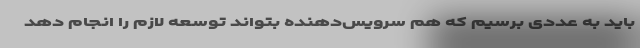
باید به عددی برسیم که هم سرویس‌دهنده بتواند توسعه لازم را انجام دهد